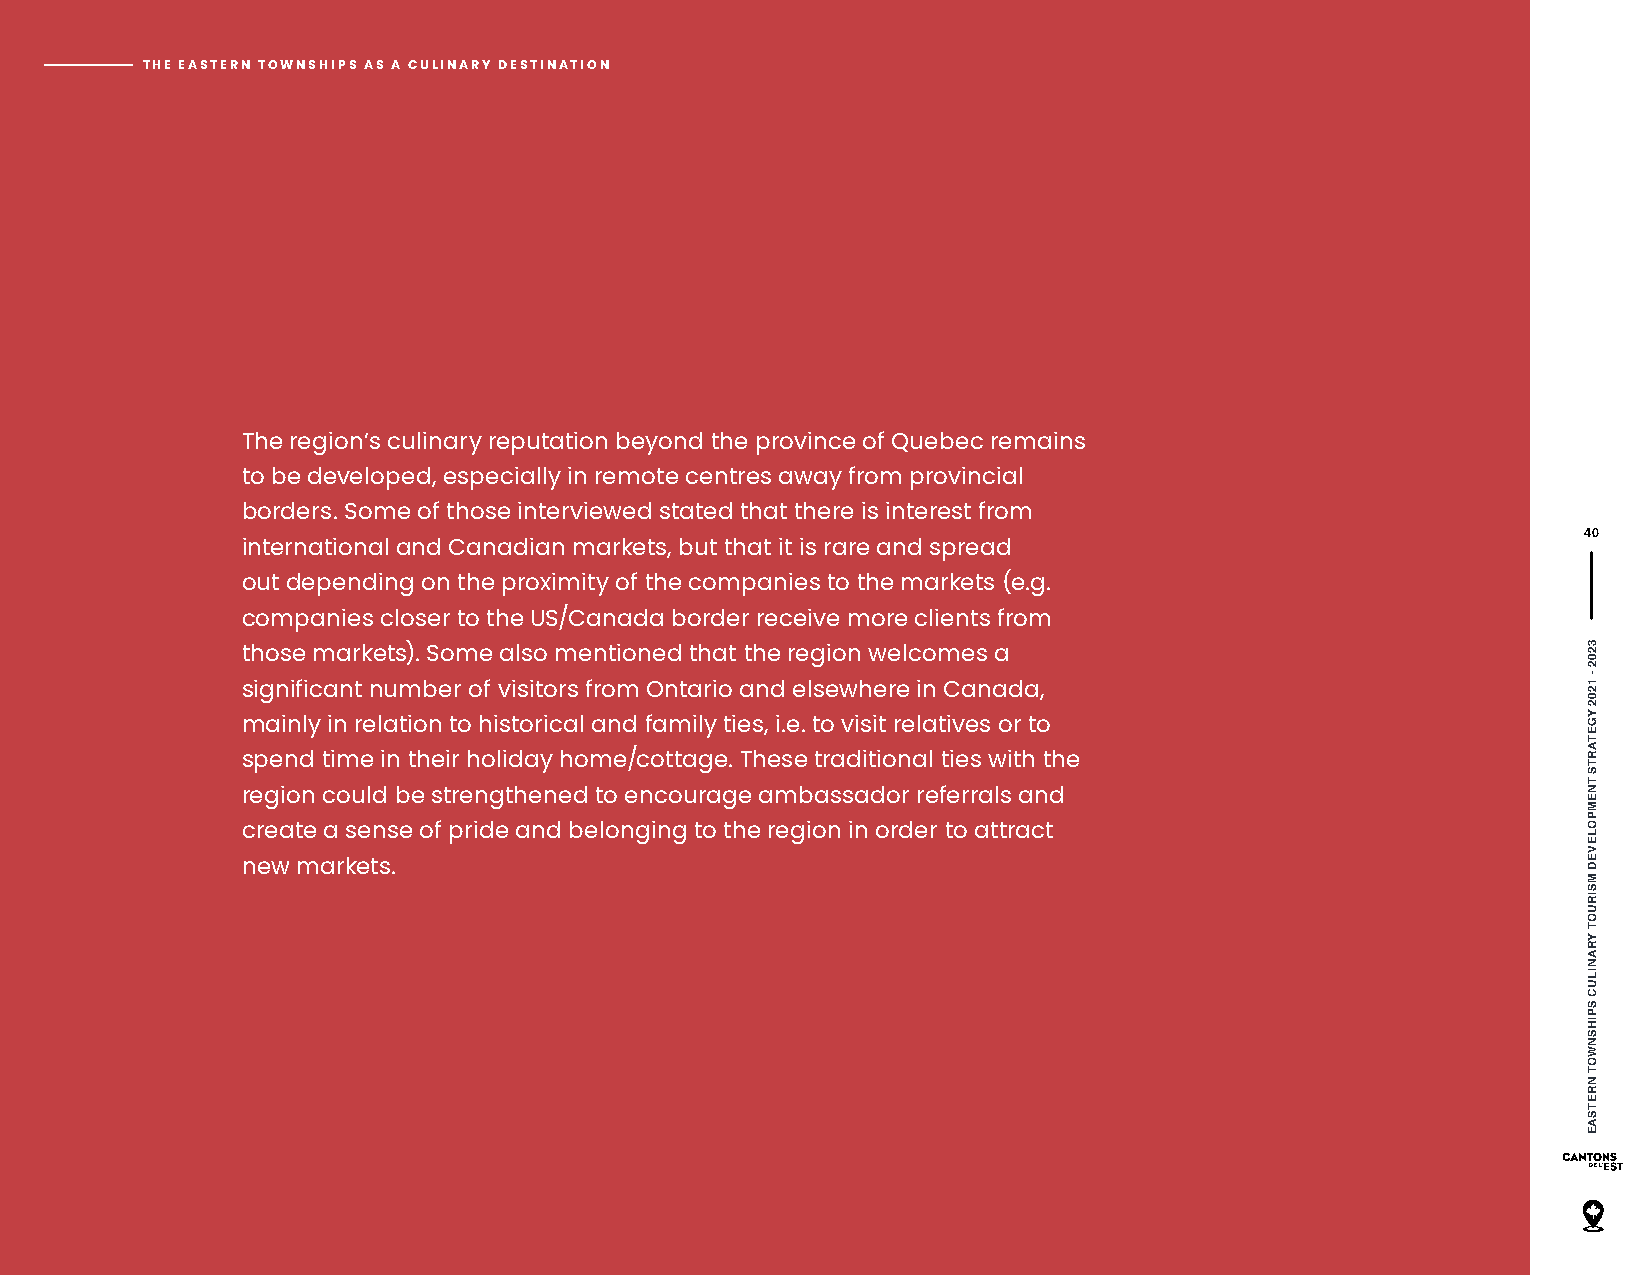
THE EASTERN TOWNSHIPS AS A CULINARY DESTINATION
 The region’s culinary reputation beyond the province of Quebec remains
 to be developed, especially in remote centres away from provincial
 borders. Some of those interviewed stated that there is interest from
 40
 international and Canadian markets, but that it is rare and spread
 out depending on the proximity of the companies to the markets (e.g.
 companies closer to the US/Canada border receive more clients from
 those markets). Some also mentioned that the region welcomes a
 significant number of visitors from Ontario and elsewhere in Canada,
 mainly in relation to historical and family ties, i.e. to visit relatives or to
 spend time in their holiday home/cottage. These traditional ties with the
 region could be strengthened to encourage ambassador referrals and
 create a sense of pride and belonging to the region in order to attract
 new markets.
 3202
 -
 1202
 YGETARTS
 TNEMPOLEVED
 MSIRUOT
 YRANILUC
 SPIHSNWOT
 NRETSAE